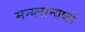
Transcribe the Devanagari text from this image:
मन्ग्लान्यष्टो